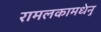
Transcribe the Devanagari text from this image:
रामलकामधेनु